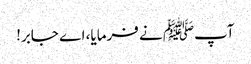
آپﷺ نے فرمایا، اے جابر!